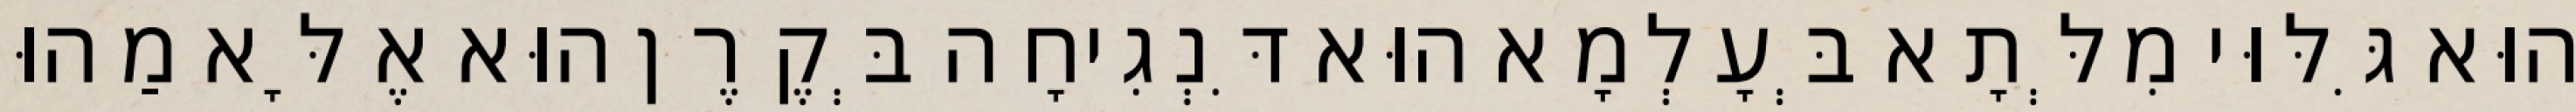
הוּא גִּלּוּי מִלְּתָא בְּעָלְמָא הוּא דִּנְגִיחָה בְּקֶרֶן הוּא אֶלָּא מַהוּ